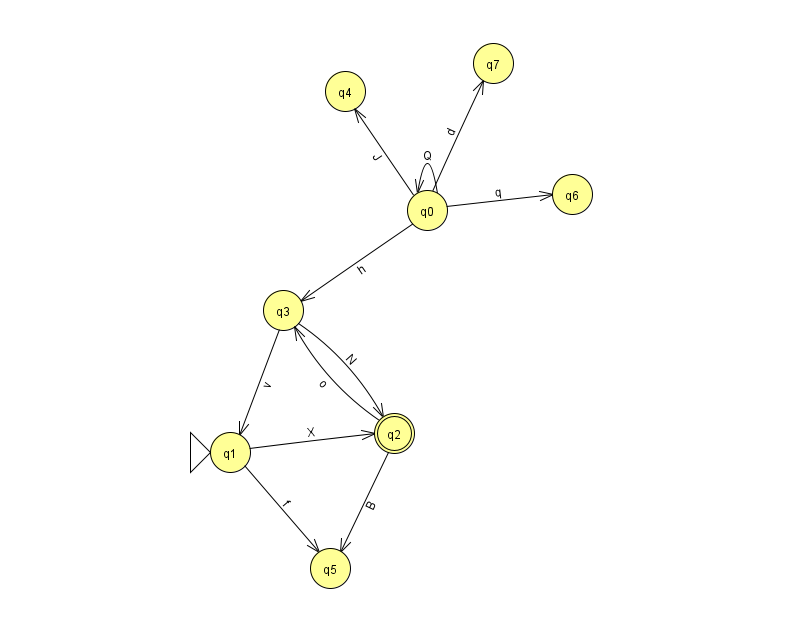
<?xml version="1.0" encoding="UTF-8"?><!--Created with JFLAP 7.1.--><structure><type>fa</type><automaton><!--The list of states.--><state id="0" name="q0"><x>427.0</x><y>197.0</y></state><state id="1" name="q1"><x>230.0</x><y>439.0</y><initial/></state><state id="2" name="q2"><x>394.0</x><y>420.0</y><final/></state><state id="3" name="q3"><x>283.0</x><y>297.0</y></state><state id="4" name="q4"><x>345.0</x><y>78.0</y></state><state id="5" name="q5"><x>330.0</x><y>555.0</y></state><state id="6" name="q6"><x>572.0</x><y>181.0</y></state><state id="7" name="q7"><x>493.0</x><y>50.0</y></state><!--The list of transitions.--><transition><from>3</from><to>2</to><read>N</read></transition><transition><from>0</from><to>0</to><read>Q</read></transition><transition><from>1</from><to>2</to><read>X</read></transition><transition><from>2</from><to>3</to><read>o</read></transition><transition><from>3</from><to>1</to><read>v</read></transition><transition><from>0</from><to>4</to><read>J</read></transition><transition><from>0</from><to>7</to><read>d</read></transition><transition><from>1</from><to>5</to><read>f</read></transition><transition><from>2</from><to>5</to><read>B</read></transition><transition><from>0</from><to>3</to><read>h</read></transition><transition><from>0</from><to>6</to><read>q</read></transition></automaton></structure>